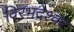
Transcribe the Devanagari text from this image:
विरभद्रेश्वर